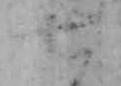
七